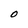
Character: O